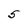
Character: 5